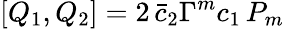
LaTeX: [Q_{1},Q_{2}]=2\, \bar{c}_{2}\Gamma^{m}c_{1}\, P_{m}